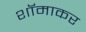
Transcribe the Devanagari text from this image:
शॉमाकर